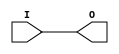
module BUFGSR(I, O);
    parameter INVERT = 0;
    input I;
    output O;
    assign O = INVERT ? ~I : I;
endmodule